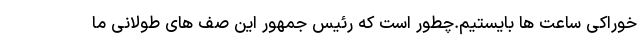
خوراکی ساعت ها بایستیم.چطور است که رئیس جمهور این صف های طولانی ما